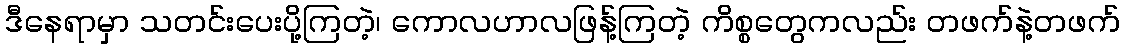
ဒီနေရာမှာ သတင်းပေးပို့ကြတဲ့၊ ကောလဟာလဖြန့်ကြတဲ့ ကိစ္စတွေကလည်း တဖက်နဲ့တဖက်